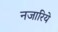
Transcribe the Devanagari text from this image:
नजारिये